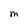
Character: M